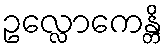
ဥလ္လောကေန္တိ